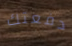
دفعتك